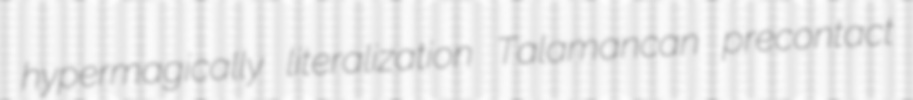
hypermagically literalization Talamancan precontact